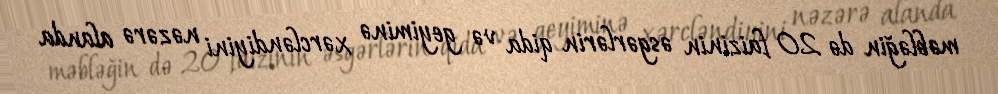
məbləğin də 20 faizinin əsgərlərin qida və geyiminə xərcləndiyini nəzərə alanda